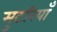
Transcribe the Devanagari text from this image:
मुटरियाँ